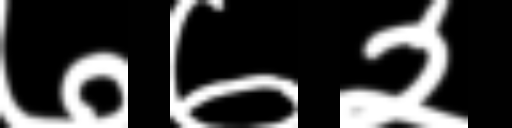
Text: ७७२